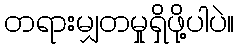
တရားမျှတမှုရှိဖို့ပါပဲ။